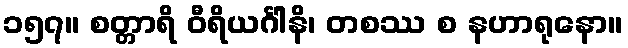
၁၅၇။ စတ္တာရိ ဝီရိယင်္ဂါနိ၊ တစဿ စ နဟာရုနော။